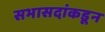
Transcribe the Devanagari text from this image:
सभासदांकडून